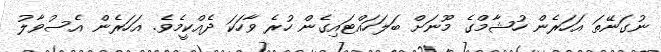
ނުގަނޭތަ އަހަރެން ހުޝާމްގެ މޫނަށް ބަލަހައްޓައިގެން ހުރެ ވާހަކަ ދެއްކީމެވެ. އަހަރެން އެސުވާލު